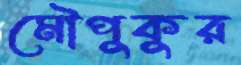
মৌপুকুর